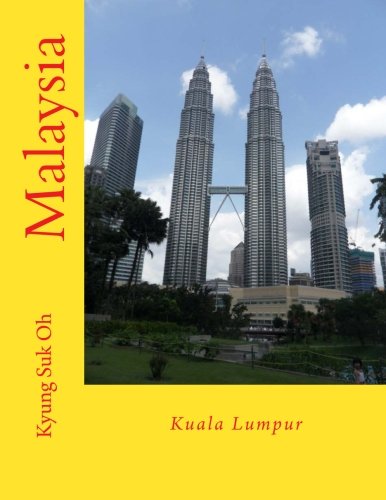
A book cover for Malaysia: Kuala Lumpur; Kyung Suk Oh; Travel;